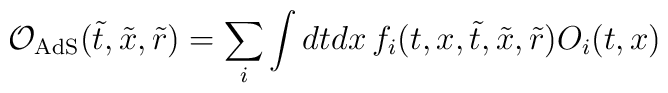
{\cal{O}}_{\rm AdS}(\tilde{t},\tilde{x},\tilde{r}) = \sum_{i} \int dtdx\,f_{i}(t,x,\tilde{t},\tilde{x},\tilde{r}) O_{i}(t,x)